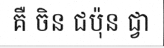
គឺ ចិន ជប៉ុន ជ្វា